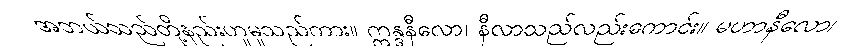
အဘယ်သည်တို့နည်းဟူမူသည်ကား။ ဣန္ဒနီလော၊ နီလာသည်လည်းကောင်း။ မဟာနီလော၊